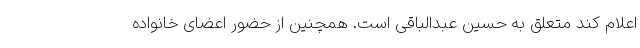
اعلام کند متعلق به حسین عبدالباقی است. همچنین از حضور اعضای خانواده